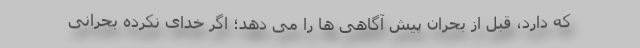
که دارد، قبل از بحران پیش آگاهی ها را می دهد؛ اگر خدای نکرده بحرانی